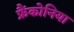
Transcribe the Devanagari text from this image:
फ्रैंकोनिया